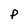
Character: P